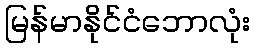
မြန်မာနိုင်ငံဘောလုံး